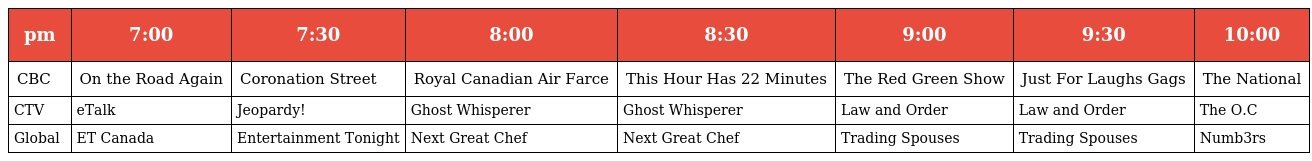
| pm | 7:00 | 7:30 | 8:00 | 8:30 | 9:00 | 9:30 | 10:00 |
 | --- | --- | --- | --- | --- | --- | --- | --- |
 | CBC | On the Road Again | Coronation Street | Royal Canadian Air Farce | This Hour Has 22 Minutes | The Red Green Show | Just For Laughs Gags | The National |
 | CTV | eTalk | Jeopardy! | Ghost Whisperer | Ghost Whisperer | Law and Order | Law and Order | The O.C |
 | Global | ET Canada | Entertainment Tonight | Next Great Chef | Next Great Chef | Trading Spouses | Trading Spouses | Numb3rs |